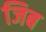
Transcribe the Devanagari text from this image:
जिब